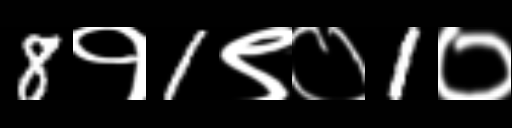
Text: 8१1९०1०